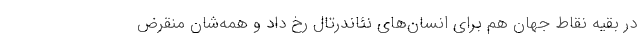
در بقیه نقاط جهان هم برای انسان‌های نئاندرتال رخ داد و همه‌شان منقرض